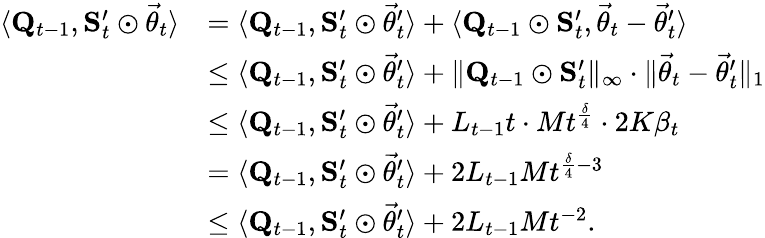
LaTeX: \begin{array}{rl}{\langle\mathbf Q_{t-1},\mathbf S_{t}^{\prime}\odot\vec{\theta}_{t}\rangle}&{=\langle\mathbf Q_{t-1},\mathbf S_{t}^{\prime}\odot\vec{\theta}_{t}^{\prime}\rangle+\langle\mathbf Q_{t-1}\odot\mathbf S_{t}^{\prime},\vec{\theta}_{t}-\vec{\theta}_{t}^{\prime}\rangle}\\ &{\le\langle\mathbf Q_{t-1},\mathbf S_{t}^{\prime}\odot\vec{\theta}_{t}^{\prime}\rangle+\lVert\mathbf Q_{t-1}\odot\mathbf S_{t}^{\prime}\rVert_{\infty}\cdot\lVert\vec{\theta}_{t}-\vec{\theta}_{t}^{\prime}\rVert_{1}}\\ &{\le\langle\mathbf Q_{t-1},\mathbf S_{t}^{\prime}\odot\vec{\theta}_{t}^{\prime}\rangle+L_{t-1}t\cdot Mt^{\frac\delta 4}\cdot 2K\beta_{t}}\\ &{=\langle\mathbf Q_{t-1},\mathbf S_{t}^{\prime}\odot\vec{\theta}_{t}^{\prime}\rangle+2L_{t-1}Mt^{\frac\delta 4-3}}\\ &{\le\langle\mathbf Q_{t-1},\mathbf S_{t}^{\prime}\odot\vec{\theta}_{t}^{\prime}\rangle+2L_{t-1}Mt^{-2}.}\end{array}